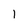
Character: l